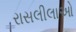
રાસલીલાઓ